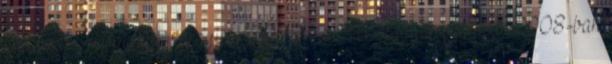
korábban A magyar vegyipar 2008-ban A magyar vegyipar 2008-ban